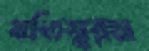
যতিস্বরম